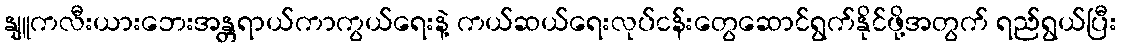
နျူကလီးယားဘေးအန္တရာယ်ကာကွယ်ရေးနဲ့ ကယ်ဆယ်ရေးလုပ်ငန်းတွေဆောင်ရွက်နိုင်ဖို့အတွက် ရည်ရွယ်ပြီး